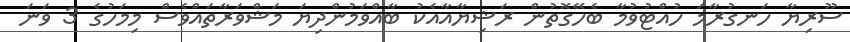
ސޫރިޔާ ހަނގުރާމަ ހުއްޓުވުމާ ބެހޭގޮތުން ރަޝިޔާއާއެކު ބާއްވަމުންދިޔަ މަޝްވަރާތައްވެސް މިމަހުގެ 3 ވަނަ